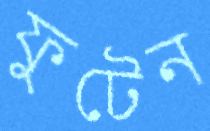
ফুটেন